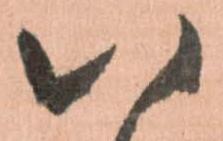
八